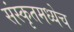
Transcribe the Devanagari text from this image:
संस्कृतमध्येच